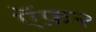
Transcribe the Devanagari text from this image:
ऍफ़२